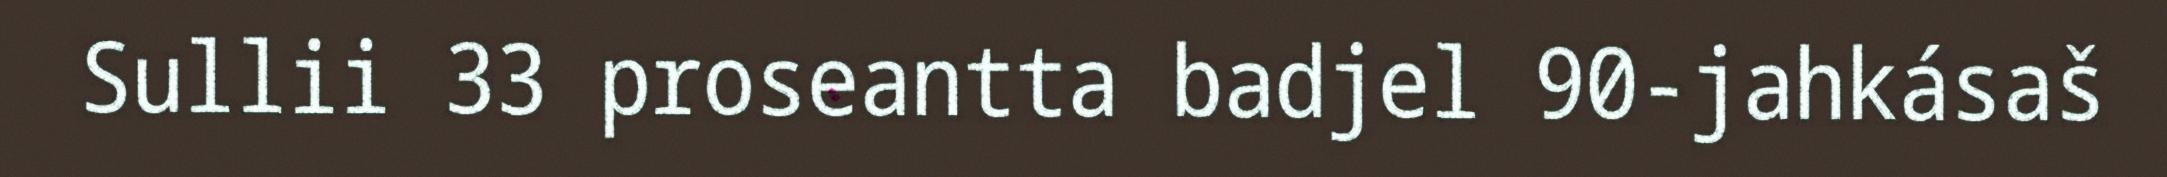
Sullii 33 proseantta badjel 90-jahkásaš